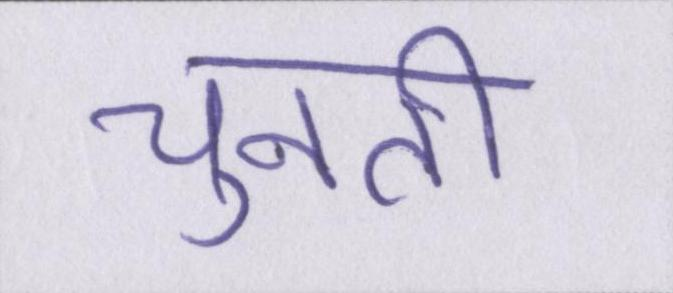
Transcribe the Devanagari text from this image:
चुनती